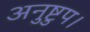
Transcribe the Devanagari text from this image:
अनुष्टुप।